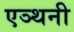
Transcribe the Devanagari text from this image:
एञ्थनी